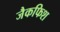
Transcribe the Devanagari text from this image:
जैकफिश